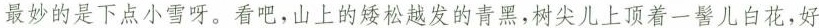
最妙的是下点小雪呀。看吧，山上的矮松越发的青黑，树尖儿上顶着一髻儿白花，好